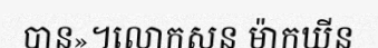
បាន»។លោកសន ម៉ាកឃីន